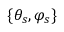
\{ \theta _ { s } , \varphi _ { s } \}